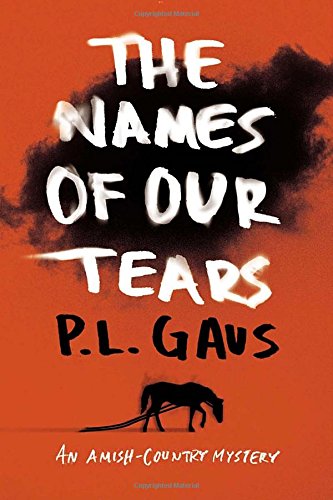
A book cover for The Names of Our Tears: An Amish-Country Mystery; P. L. Gaus; Christian Books & Bibles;